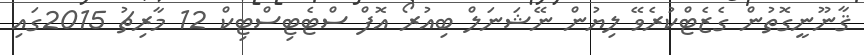
ޤާނޫނީގޮތުން ގެޒެޓްކުރެވޭ ލިޔުން ނޭޝަނަލް ބިއުރޯ އޮފް ސްޓެޓިސްޓިކް 12 މާރިޗު 2015ގައި